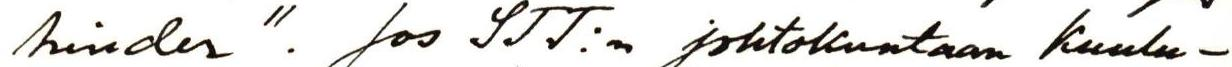
hinder". Jos STT:n johtokuntaan kuulu-